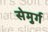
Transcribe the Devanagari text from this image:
सेमुर्ग